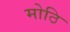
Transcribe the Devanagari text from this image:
मोठि